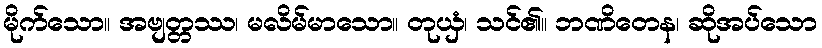
မိုက်သော။ အဗျတ္တဿ၊ မလိမ်မာသော။ တုယှံ၊ သင်၏။ ဘဏိတေန၊ ဆိုအပ်သော